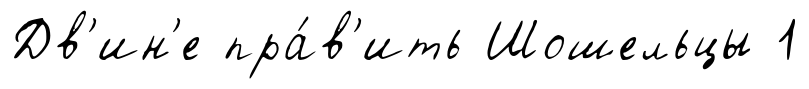
Дв'ин'е пра́в'ить Шошельцы 1